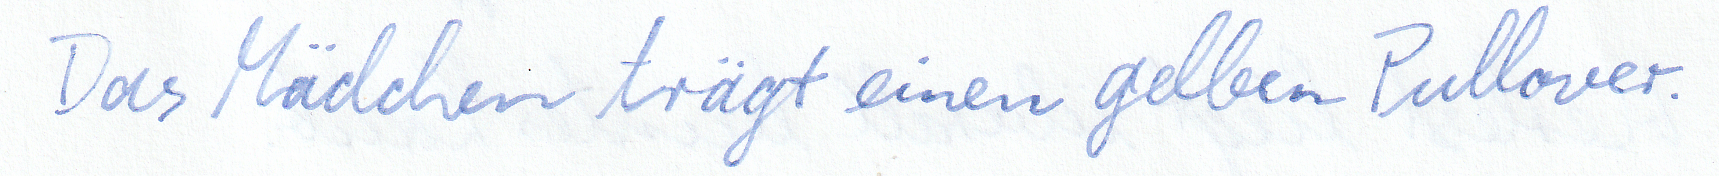
Das Mädchen trägt einen gelben Pullover.